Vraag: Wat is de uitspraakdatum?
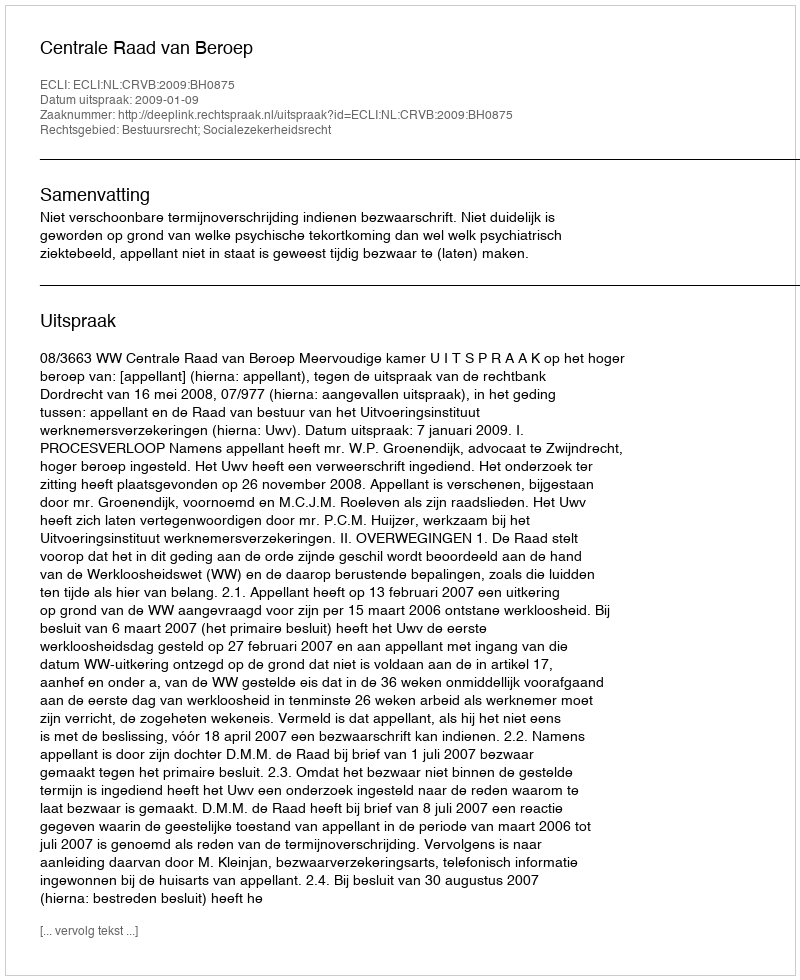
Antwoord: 2009-01-09